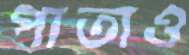
পাতাও